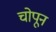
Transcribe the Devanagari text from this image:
चोपून